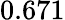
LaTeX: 0.671